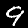
Label: 9